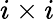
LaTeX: i\times i